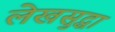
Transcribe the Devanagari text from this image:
लेखसुद्धा